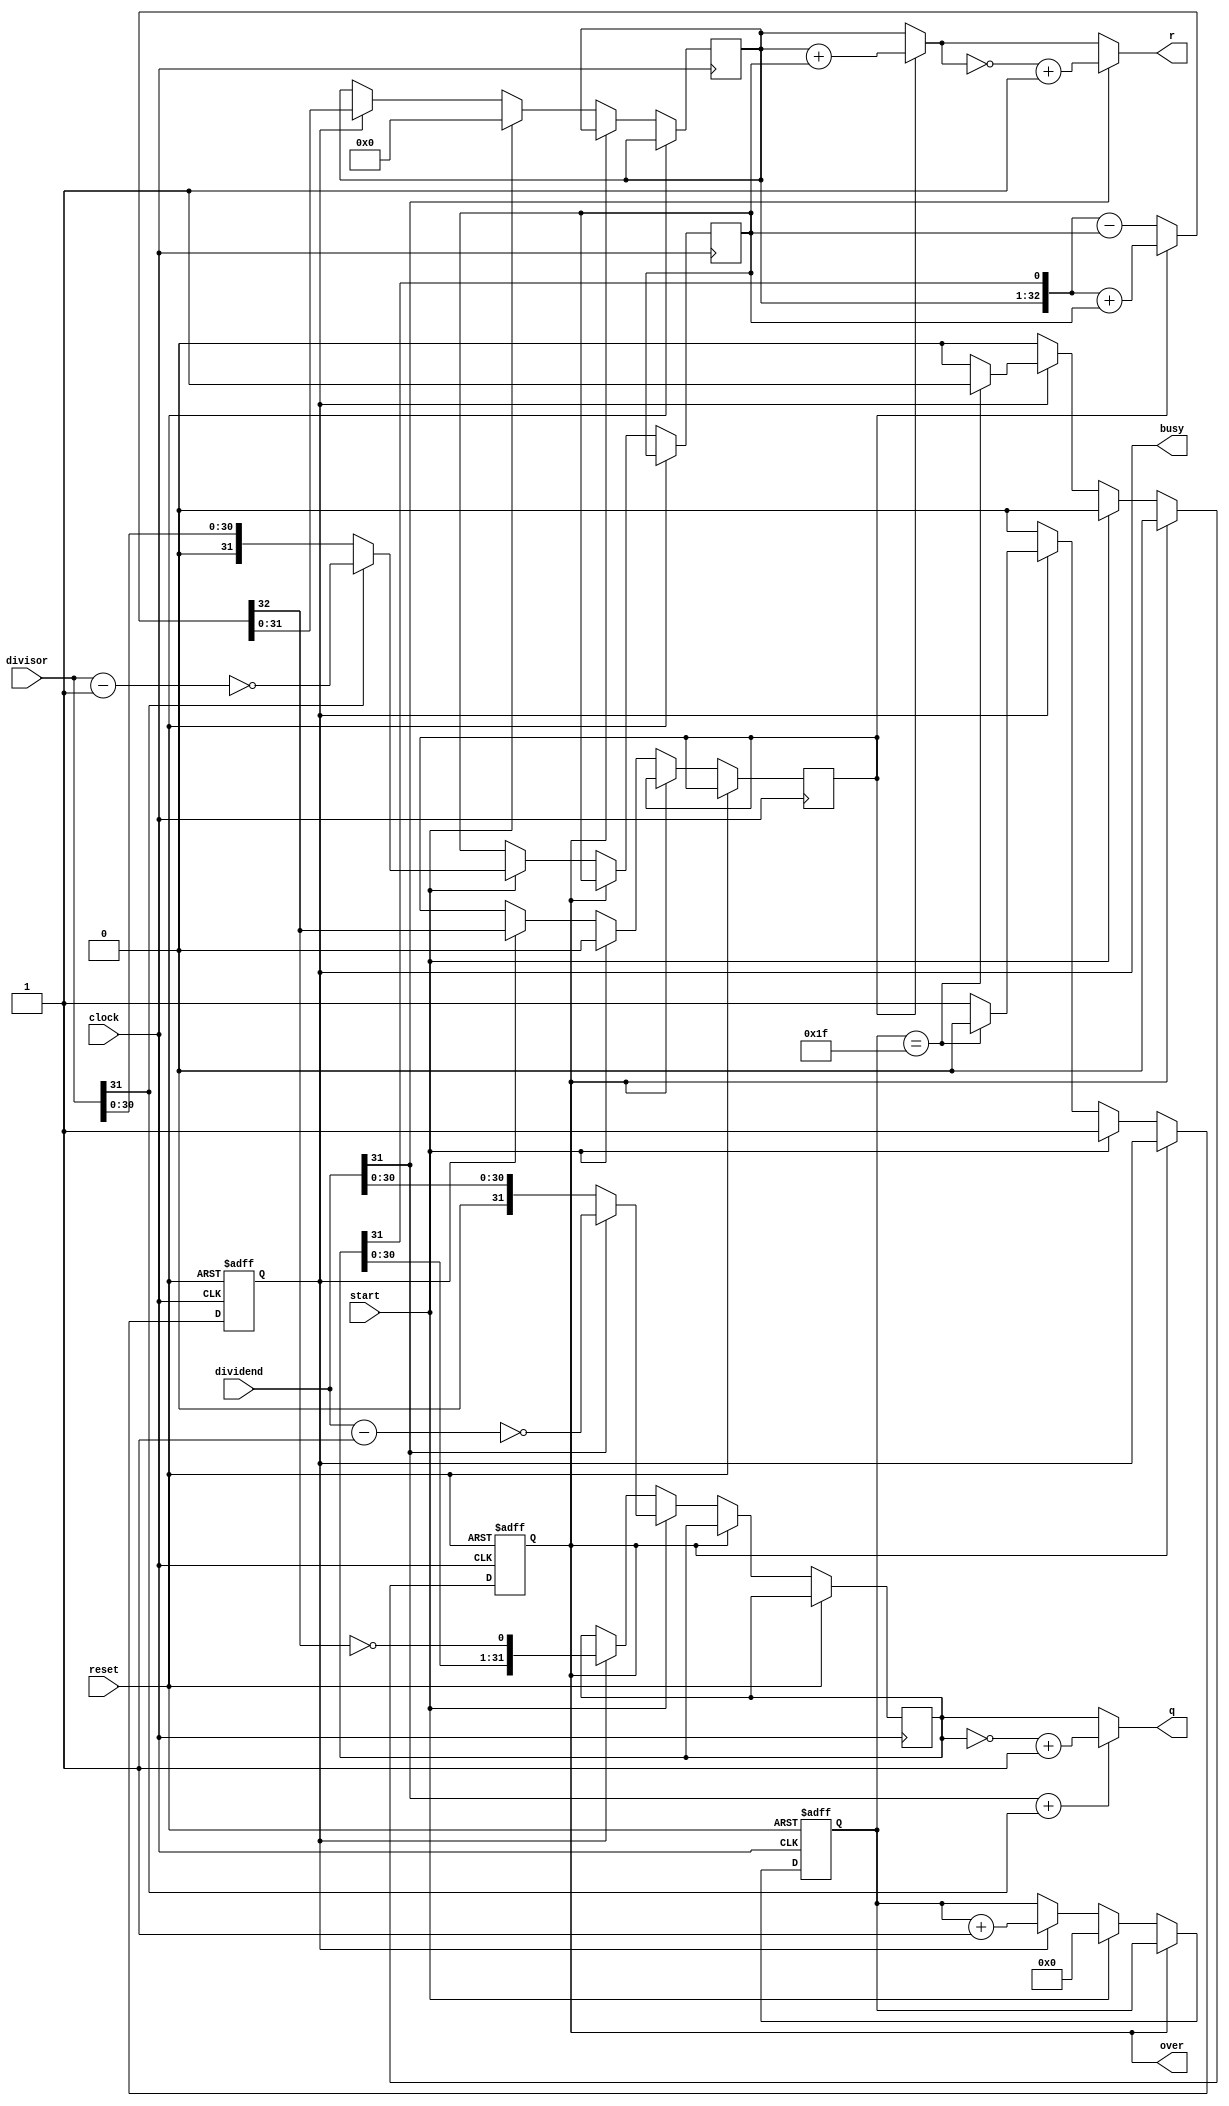
module DIV(
input [31:0]dividend,
input [31:0]divisor,
input start,
input clock,
input reset,
output [31:0]q,
output [31:0]r,
output reg busy,
output reg over
    );
    
    wire ready;
    reg [4:0]count;
    reg [31:0]reg_q;
    reg [31:0]reg_r;
    reg [31:0]reg_b;
    reg busy2,r_sign;
    
    wire [31:0] dividend_yuan= dividend[31]?(~(dividend-1)):dividend;
    wire [31:0] divisor_yuan= divisor[31]?(~(divisor-1)):divisor;
    wire dividend_sign= dividend[31];
    wire divisor_sign= divisor[31];
    wire [31:0] rr = r_sign ? reg_r + reg_b : reg_r;
    wire [31:0] qq = reg_q;
    
    
    assign ready = ~busy & busy2;   
    
    wire [32:0] sub_add = r_sign ? ({reg_r,qq[31]}+{1'b0,reg_b}) : ({reg_r,qq[31]}-{1'b0,reg_b}) ;
    
    assign r= dividend_sign?((~rr)+1):rr;
    assign q= (dividend_sign+divisor_sign)?((~qq)+1):qq;
    
    
    always @(posedge clock or posedge reset)
    begin
    if(reset==1)
    begin
        count<=5'b0;
        busy<=0;
        busy2<=0;
        over<=0;
    end
    else
    begin
        busy2<=busy;
        if(over==1)
        begin
        over<=0;
        end
        else if(start)
        begin
            reg_r<=32'b0;
            r_sign<=0;
            reg_q<=dividend_yuan;
            reg_b<=divisor_yuan;
            count<=5'b0;
            busy<=1'b1;
            over<=0;
        end
        else if(busy)
        begin
            reg_r<=sub_add[31:0];
            r_sign<=sub_add[32];
            reg_q<={reg_q[30:0],~sub_add[32]};
            count<=count+5'b1;
            if(count==5'b11111)
            begin
                busy<=0;
                over<=1;
            end
        end
    end
    end
endmodule